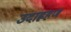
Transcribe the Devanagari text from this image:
उदाह्रहण